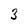
Character: 3